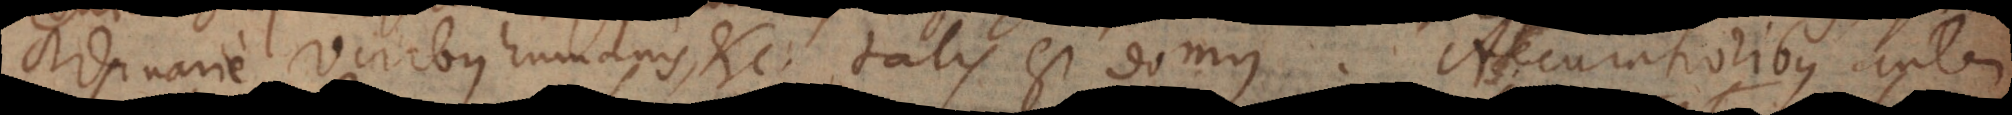
ordinarie, viribus humanis, etc. talis est domus. Accuratioribus autem